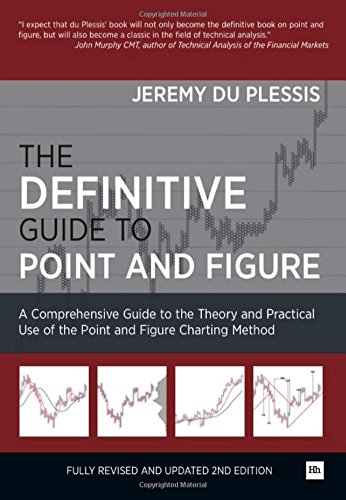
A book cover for The Definitive Guide to Point and Figure: A Comprehensive Guide to the Theory and Practical Use of the Point and Figure Charting Method; Jeremy du Plessis; Business & Money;